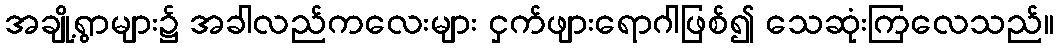
အချို့ရွာများ၌ အခါလည်ကလေးများ ငှက်ဖျားရောဂါဖြစ်၍ သေဆုံးကြလေသည်။